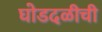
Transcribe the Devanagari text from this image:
घोडदळीची